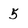
Character: 5